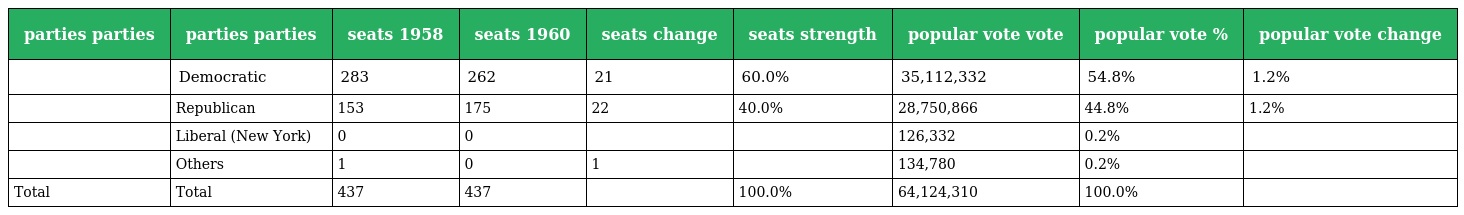
| parties parties | parties parties | seats 1958 | seats 1960 | seats change | seats strength | popular vote vote | popular vote % | popular vote change |
 | --- | --- | --- | --- | --- | --- | --- | --- | --- |
 |  | Democratic | 283 | 262 | 21 | 60.0% | 35,112,332 | 54.8% | 1.2% |
 |  | Republican | 153 | 175 | 22 | 40.0% | 28,750,866 | 44.8% | 1.2% |
 |  | Liberal (New York) | 0 | 0 |  |  | 126,332 | 0.2% |  |
 |  | Others | 1 | 0 | 1 |  | 134,780 | 0.2% |  |
 | Total | Total | 437 | 437 |  | 100.0% | 64,124,310 | 100.0% |  |